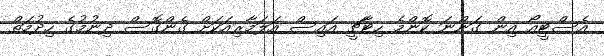
އެސްޓީއޯ އިން ގަންނަ ކޮންމެ ހިޓާޗީ އައިސް އަލަމާރިއަކަށް ގެންގޮސް ދިނުމުގެ ހިދުމަތް